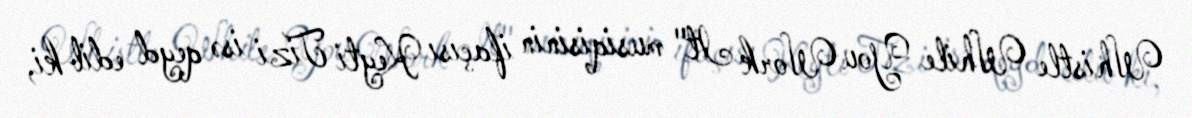
Whistle While You Work It" musiqisinin ifaçısı Keyti Tizi isə qeyd edib ki,